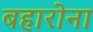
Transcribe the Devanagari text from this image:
बहारोना